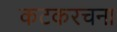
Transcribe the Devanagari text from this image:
कटकरचना